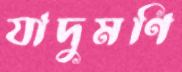
যাদুমণি